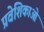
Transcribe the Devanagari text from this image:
प्रवेशिकाओं